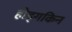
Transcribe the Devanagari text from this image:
होड्गकिन